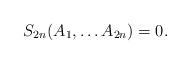
LaTeX: \begin{align*}S_{2n}(A_1,\ldots A_{2n}) = 0.\end{align*}